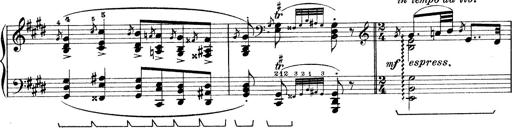
Title: Rapsodie: 19 ungheresi, 1 spagnuola
Composer: Franz Liszt